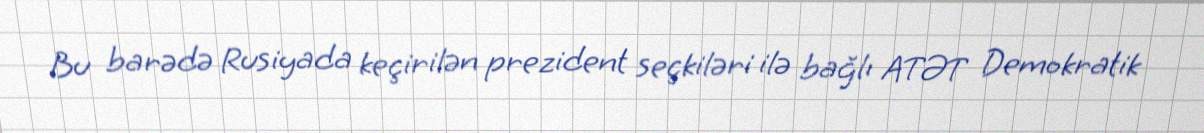
Bu barədə Rusiyada keçirilən prezident seçkiləri ilə bağlı ATƏT Demokratik